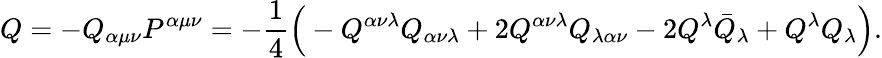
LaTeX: Q=-Q_{\alpha\mu\nu}P^{\alpha\mu\nu}=-\frac{1}{4}\Big(-Q^{\alpha\nu\lambda}Q_{\alpha\nu\lambda}+2Q^{\alpha\nu\lambda}Q_{\lambda\alpha\nu}-2Q^{\lambda}\bar{Q}_{\lambda}+Q^{\lambda}Q_{\lambda}\Big).